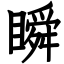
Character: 瞬